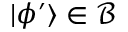
\vert \phi ^ { \prime } \rangle \in { \mathcal { B } }